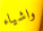
واشياء